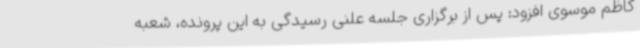
کاظم موسوی افزود: پس از برگزاری جلسه علنی رسیدگی به این پرونده، شعبه